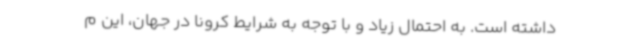
داشته است. به احتمال زیاد و با توجه به شرایط کرونا در جهان، این م